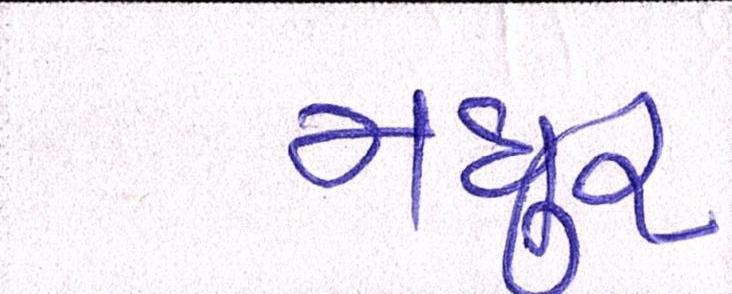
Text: મધુર